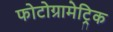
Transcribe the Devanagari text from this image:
फोटोग्रामेट्रिक